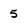
Character: 5